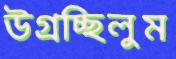
উগ্‌রচ্ছিলুম